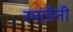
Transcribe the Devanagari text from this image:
स्पाडैनी